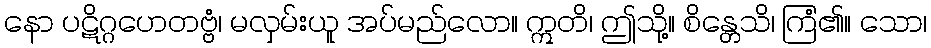
နော ပဋိဂ္ဂဟေတဗ္ဗံ၊ မလှမ်းယူ အပ်မည်လော။ ဣတိ၊ ဤသို့။ စိန္တေသိ၊ ကြံ၏။ သော၊